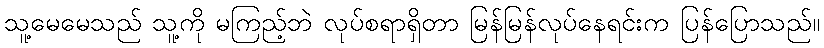
သူ့မေမေသည် သူ့ကို မကြည့်ဘဲ လုပ်စရာရှိတာ မြန်မြန်လုပ်နေရင်းက ပြန်ပြောသည်။